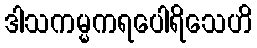
ဒါသကမ္မကရပေါရိသေဟိ